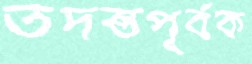
তদন্তপূর্বক